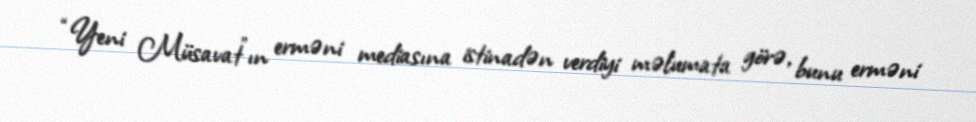
“Yeni Müsavat”ın erməni mediasına istinadən verdiyi məlumata görə, bunu erməni